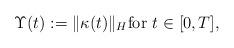
LaTeX: \begin{align*}\Upsilon(t) := \| \kappa(t) \|_H \textrm{for $t \in [0,T]$},\end{align*}